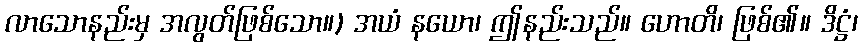
လာသောနည်းမှ အလွတ်ဖြစ်သော။) အယံ နယော၊ ဤနည်းသည်။ ဟောတိ၊ ဖြစ်၏။ ဒိဋ္ဌံ၊